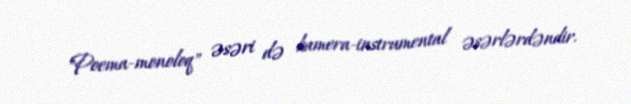
"Poema-monoloq" əsəri də kamera-instrumental əsərlərdəndir.